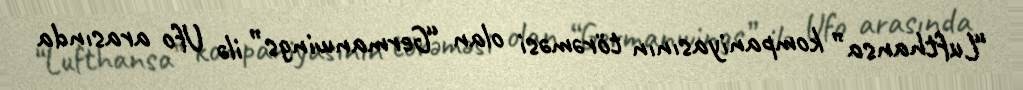
“Lufthansa” kompaniyasının törəməsi olan “Germanwings” ilə Ufo arasında